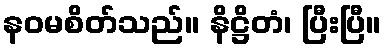
နဝမစိတ်သည်။ နိဋ္ဌိတံ၊ ပြီးပြီ။